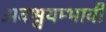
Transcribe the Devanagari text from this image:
अवश्वयम्भावी